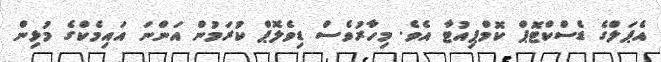
އެޕަލްގެ ޑެސްކްޓޮޕް ކޮމްޕިއުޓާ އެވެ. މިހާރުވެސް ޑިވެލޮޕް ކުރަމުން އަންނަ އައިމެކްގެ މުޅިން